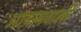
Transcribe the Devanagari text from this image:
आयामवाली